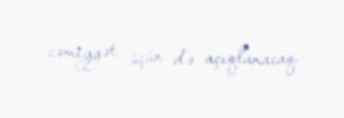
cəmiyyət üçün də açıqlanacaq.